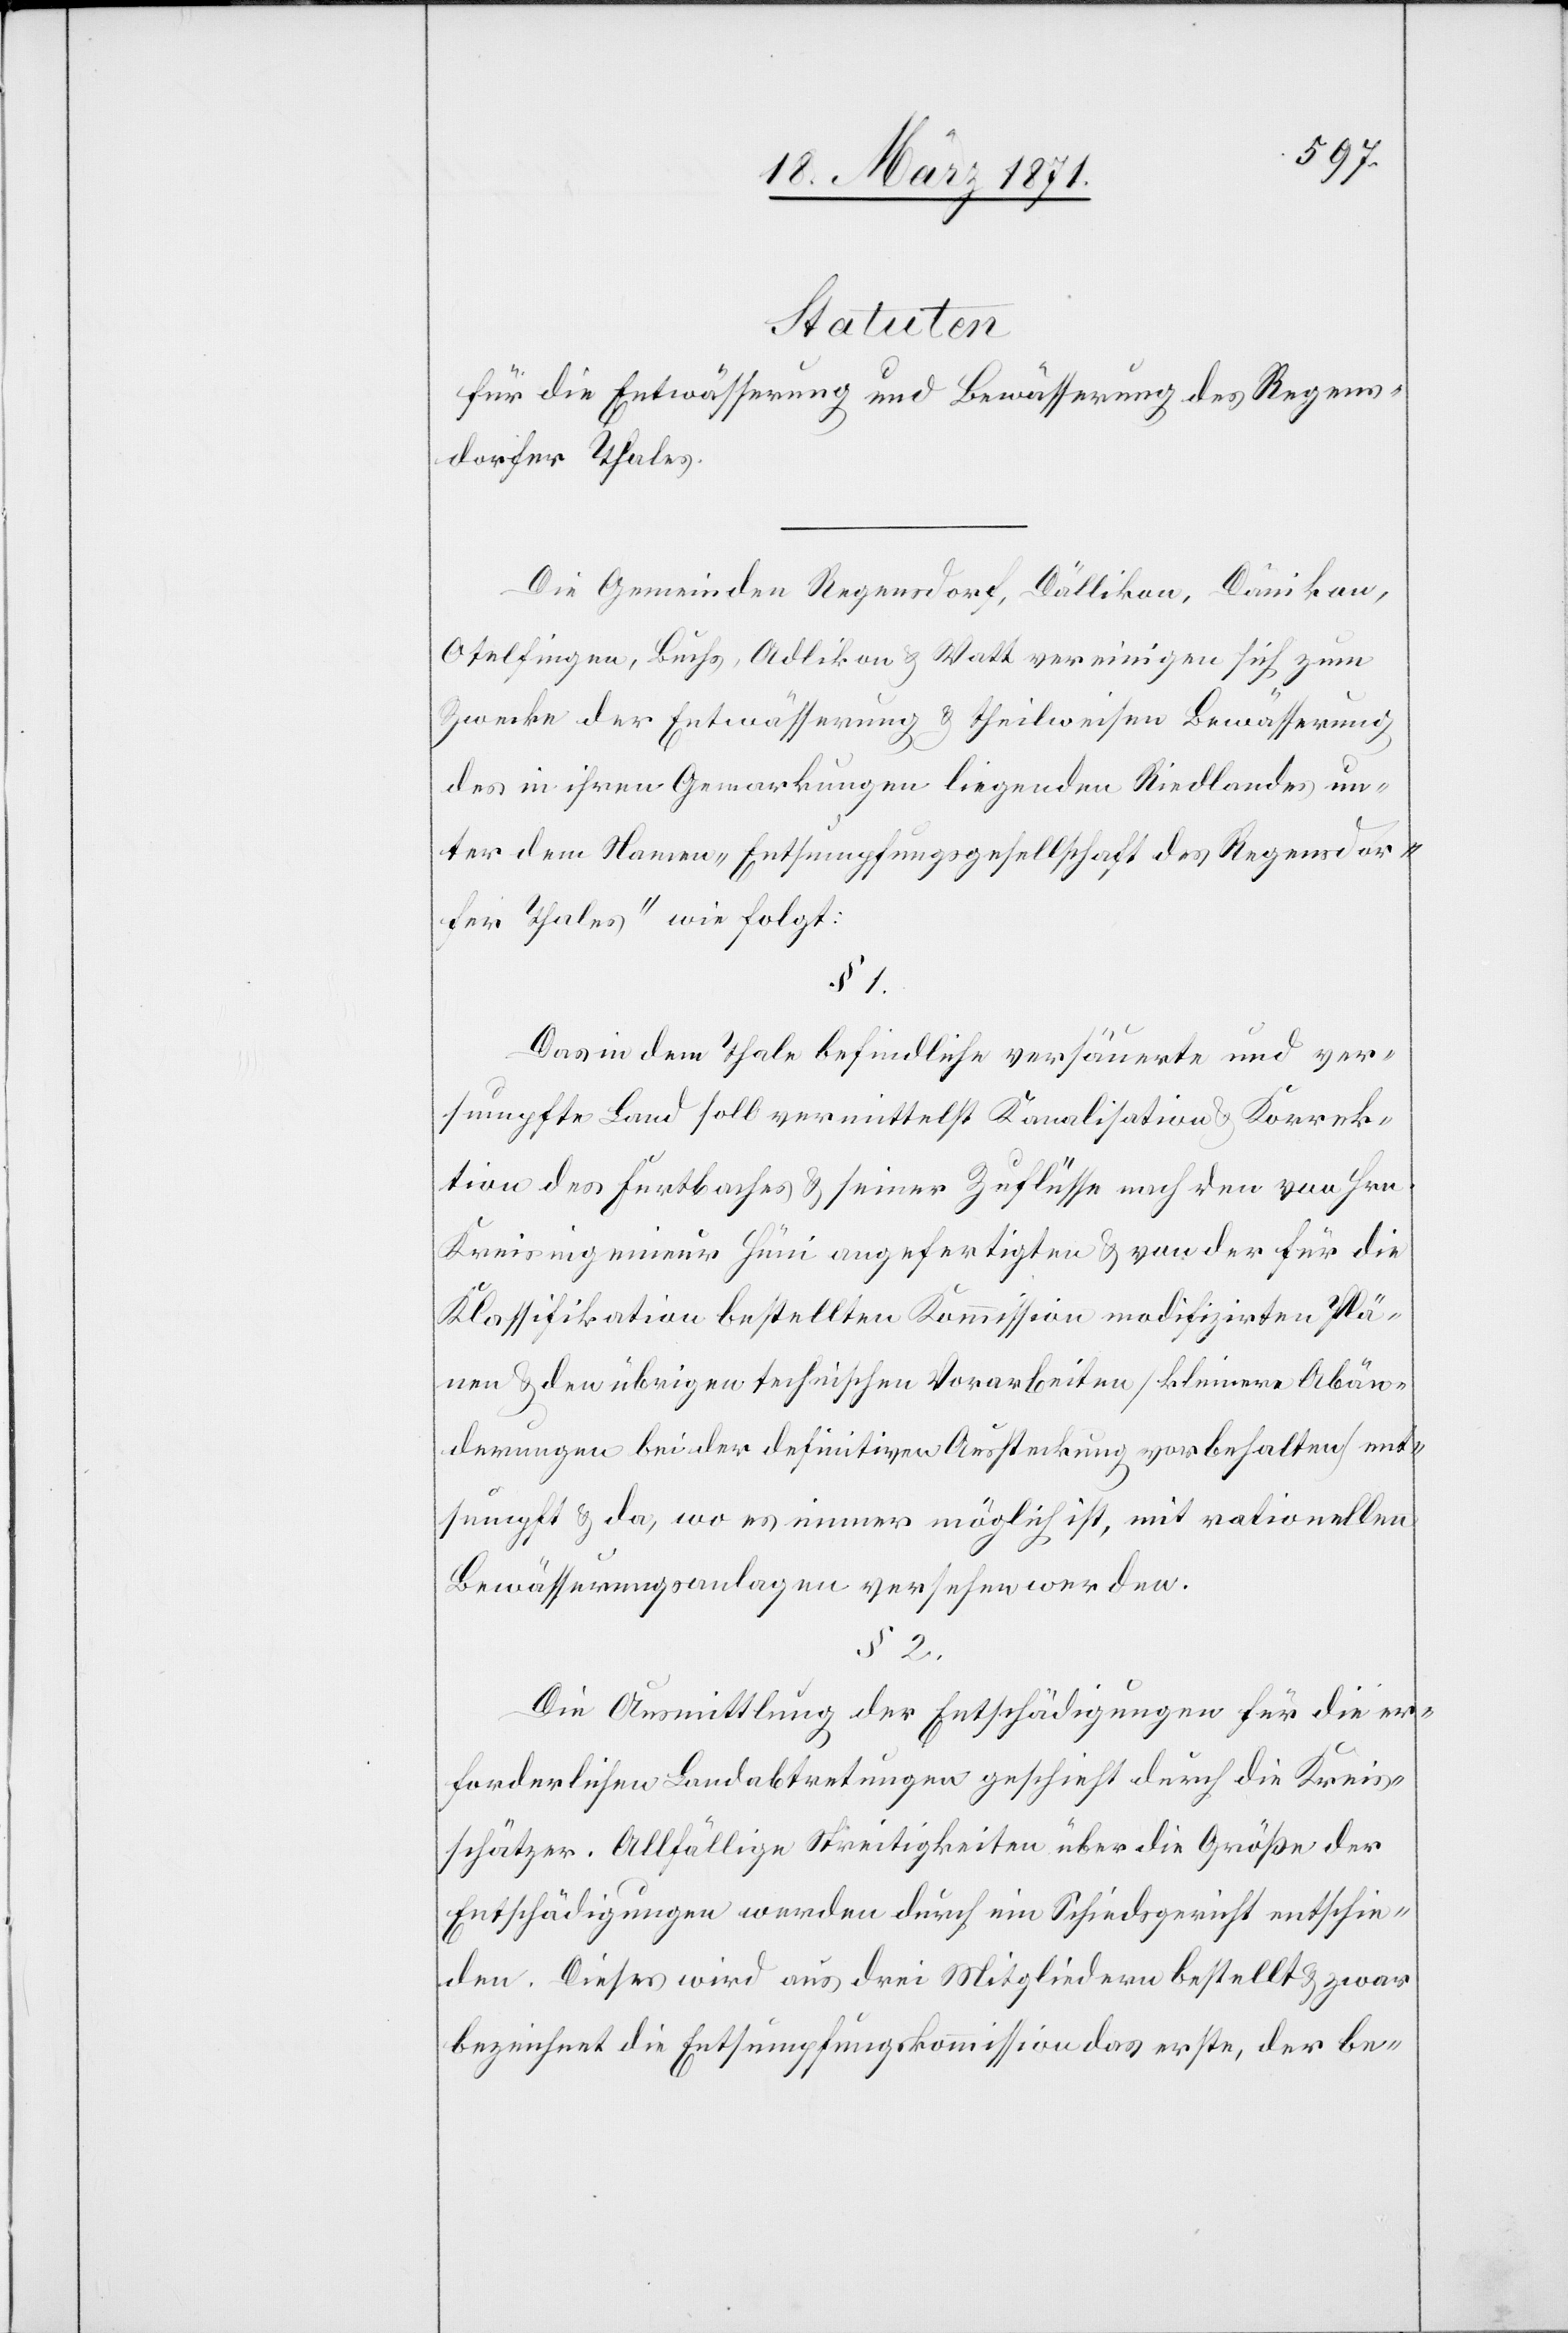
__________
für die Entwässerung und Bewässerung des Regens¬
dorfer Thales.
Die Gemeinden Regensdorf, Dällikon, Dänikon,
Otelfingen, Buchs, Adlikon u. Watt vereinigen sich zum
Zwecke der Entwässerung u. theilweisen Bewässerung
des in ihren Gemarkungen liegenden Riedlandes un¬
ter dem Namen „Entsumpfungsgesellschaft des Regensdor¬
fer Thales“ wie folgt:
§ 1
Das in dem Thale befindliche versäuerte und ver¬
sumpfte Land soll vermittelst Kanalisation u. Korrek¬
tion des Furtbaches und seiner Zuflüsse nach den von Hrn.
Kreisingenieur Hüni angefertigten u. von der für die
Klassifikation bestellten Kommission modifizirten Plä¬
nen u. den übrigen technischen Vorarbeiten [kleinere Abän¬
derungen bei der definitiven Aussteckung vorbehalten] ent¬
sumpft u. da, wo es immer möglich ist, mit rationellen
Bewässerungsanlagen versehen werden.
§ 2
Die Ausmittlung der Entschädigung für die er¬
forderlichen Landabtretungen geschiehe durch die Kreis¬
schätzer. Allfällige Streitigkeiten über di Größe der
Entschädigung werden durch ein Schiedsgericht entschie¬
den. Dieses wird aus drei Mitgliedern bestellt u. zwar
bezeichnet die Entsumpfungskommission das erste, der be-